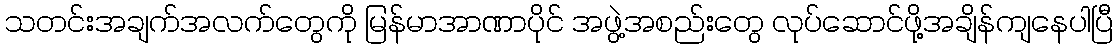
သတင်းအချက်အလက်တွေကို မြန်မာအာဏာပိုင် အဖွဲ့အစည်းတွေ လုပ်ဆောင်ဖို့အချိန်ကျနေပါပြီ